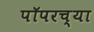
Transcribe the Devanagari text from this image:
पॉपरच्या